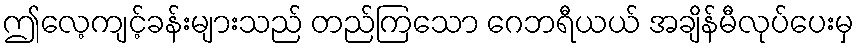
ဤလေ့ကျင့်ခန်းများသည် တည်ကြသော ဂေဘရီယယ် အချိန်မီလုပ်ပေးမှ